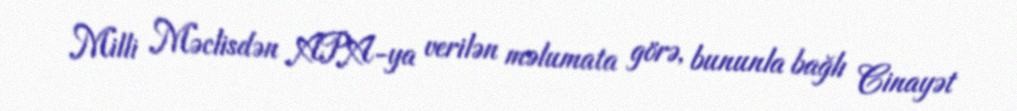
Milli Məclisdən APA-ya verilən məlumata görə, bununla bağlı Cinayət